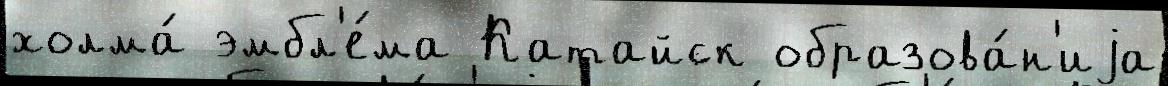
холма́ эмбл'е́ма Катайск образова́н'иjа